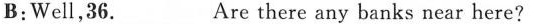
B:Well,36.____ Are there any banks near here?